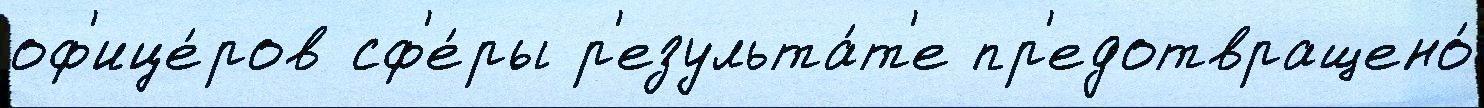
оф'ице́ров сф'е́ры р'езульта́т'е пр'едотвращено́